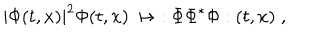
| \Phi ( t , x ) | ^ { 2 } \Phi ( t , x ) \, \mapsto \; : \Phi \Phi ^ { * } \Phi : ( t , x ) \; ,